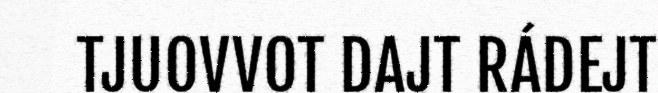
TJUOVVOT DAJT RÁDEJT